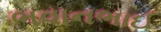
ભવાનભાઈ